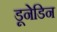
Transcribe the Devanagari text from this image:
डूनेडिन